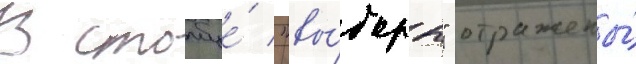
В столбце́ "вы́боры" отражены́